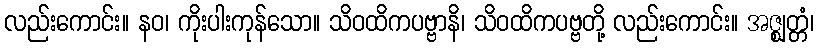
လည်းကောင်း။ နဝ၊ ကိုးပါးကုန်သော။ သိဝထိကပဗ္ဗာနိ၊ သိဝထိကပဗ္ဗတို့ လည်းကောင်း။ အဇ္ဈတ္တံ၊